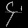
Digit: ၄